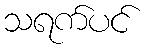
သရက်ပင်